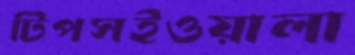
টিপসইওয়ালা